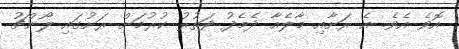
އޮވެ އެވެ. އެ ރަށާއި މާލެއާ ދެމެދު ދަތުރު ކުރުމަށް ރަށުގައި ލޯންޗު